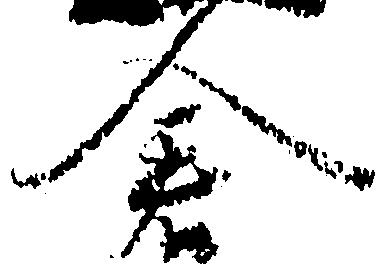
倉